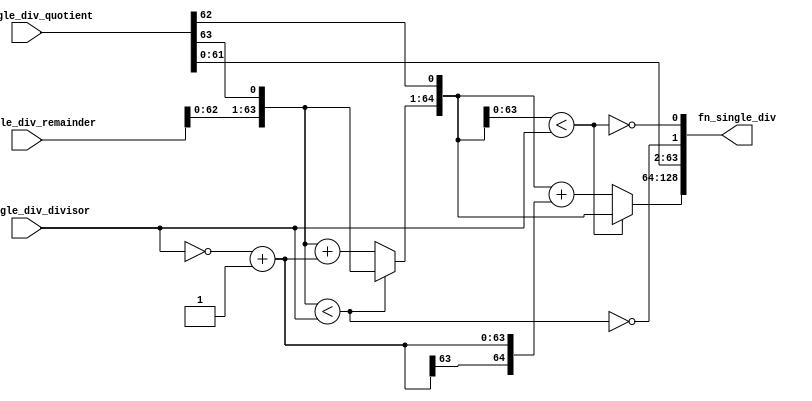
//
// Generated by Bluespec Compiler, version 2021.07-1-gaf77efcd (build af77efcd)
//
// On Thu Dec  9 08:46:36 IST 2021
//
//
// Ports:
// Name                         I/O  size props
// fn_single_div                  O   129
// fn_single_div_remainder        I    65
// fn_single_div_quotient         I    64
// fn_single_div_divisor          I    64
//
// Combinational paths from inputs to outputs:
//   (fn_single_div_remainder,
//    fn_single_div_quotient,
//    fn_single_div_divisor) -> fn_single_div
//
//

`ifdef BSV_ASSIGNMENT_DELAY
`else
  `define BSV_ASSIGNMENT_DELAY
`endif

`ifdef BSV_POSITIVE_RESET
  `define BSV_RESET_VALUE 1'b1
  `define BSV_RESET_EDGE posedge
`else
  `define BSV_RESET_VALUE 1'b0
  `define BSV_RESET_EDGE negedge
`endif

module module_fn_single_div(fn_single_div_remainder,
			    fn_single_div_quotient,
			    fn_single_div_divisor,
			    fn_single_div);
  // value method fn_single_div
  input  [64 : 0] fn_single_div_remainder;
  input  [63 : 0] fn_single_div_quotient;
  input  [63 : 0] fn_single_div_divisor;
  output [128 : 0] fn_single_div;

  // signals for module outputs
  wire [128 : 0] fn_single_div;

  // remaining internal signals
  wire [64 : 0] IF_fn_single_div_remainder_BITS_62_TO_0_CONCAT_ETC___d11,
		SEXT_INV_fn_single_div_divisor_PLUS_1____d9,
		remainder__h70,
		remainder__h83,
		sub__h72,
		sub__h85,
		x__h24;
  wire [63 : 0] x__h172, x__h177;
  wire IF_fn_single_div_remainder_BITS_62_TO_0_CONCAT_ETC___d15,
       fn_single_div_remainder_BITS_62_TO_0_CONCAT_fn_ETC___d4;

  // value method fn_single_div
  assign fn_single_div = { x__h24, x__h177 } ;

  // remaining internal signals
  assign IF_fn_single_div_remainder_BITS_62_TO_0_CONCAT_ETC___d11 =
	     fn_single_div_remainder_BITS_62_TO_0_CONCAT_fn_ETC___d4 ?
	       remainder__h83 :
	       sub__h85 ;
  assign IF_fn_single_div_remainder_BITS_62_TO_0_CONCAT_ETC___d15 =
	     { IF_fn_single_div_remainder_BITS_62_TO_0_CONCAT_ETC___d11[62:0],
	       fn_single_div_quotient[62] } <
	     fn_single_div_divisor ;
  assign SEXT_INV_fn_single_div_divisor_PLUS_1____d9 =
	     { x__h172[63], x__h172 } ;
  assign fn_single_div_remainder_BITS_62_TO_0_CONCAT_fn_ETC___d4 =
	     { fn_single_div_remainder[62:0], fn_single_div_quotient[63] } <
	     fn_single_div_divisor ;
  assign remainder__h70 =
	     { IF_fn_single_div_remainder_BITS_62_TO_0_CONCAT_ETC___d11[63:0],
	       fn_single_div_quotient[62] } ;
  assign remainder__h83 =
	     { fn_single_div_remainder[63:0], fn_single_div_quotient[63] } ;
  assign sub__h72 =
	     remainder__h70 + SEXT_INV_fn_single_div_divisor_PLUS_1____d9 ;
  assign sub__h85 =
	     remainder__h83 + SEXT_INV_fn_single_div_divisor_PLUS_1____d9 ;
  assign x__h172 = ~fn_single_div_divisor + 64'd1 ;
  assign x__h177 =
	     { fn_single_div_quotient[61:0],
	       !fn_single_div_remainder_BITS_62_TO_0_CONCAT_fn_ETC___d4,
	       !IF_fn_single_div_remainder_BITS_62_TO_0_CONCAT_ETC___d15 } ;
  assign x__h24 =
	     IF_fn_single_div_remainder_BITS_62_TO_0_CONCAT_ETC___d15 ?
	       remainder__h70 :
	       sub__h72 ;
endmodule  // module_fn_single_div